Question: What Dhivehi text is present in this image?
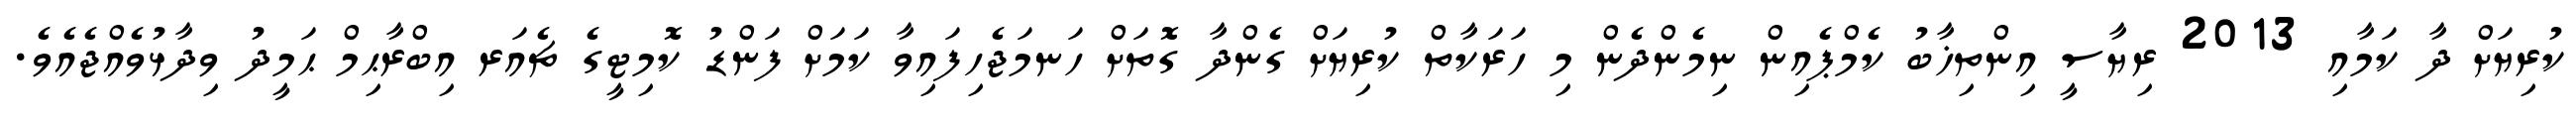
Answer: ކުރިޔަށް ދާ ކަމާއި 2013 ރިޔާސީ އިންތިޚާބު ކެމްޕެއިން ނިމެންދެން މި ހަރަކާތް ކުރިޔަށް ގެންދާ ގޮތަށް ހަނމަޖެހިފައިވާ ކަމަށް ފަންޑު ކޮމިޓީގެ ޗެއަރ އިބްރާޙިމް ޙަމީދު ވިދާޅުވެއްޖެއެވެ.